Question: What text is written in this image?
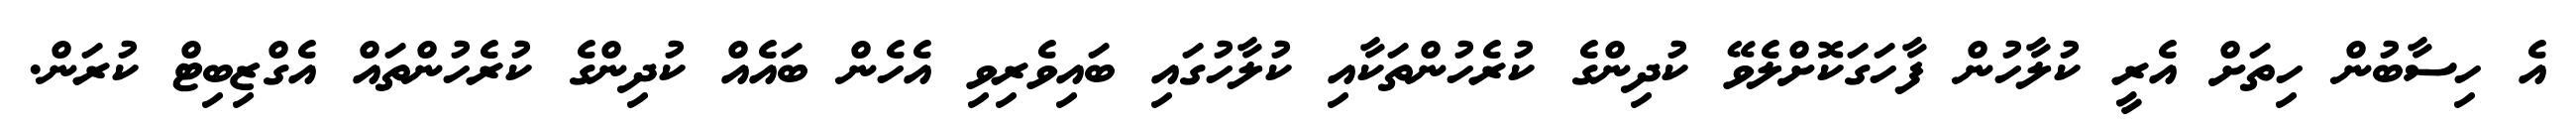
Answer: އެ ހިސާބުން ހިތަށް އެރީ ކުލާހުން ފާހަގަކޮށްލެވޭ ކުދިންގެ ކުރެހުންތަކާއި ކުލާހުގައި ބައިވެރިވި އެހެން ބައެއް ކުދިންގެ ކުރެހުންތައް އެގްޒިބިޓް ކުރަން.